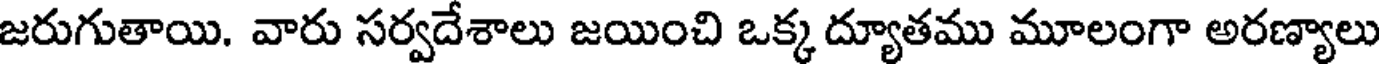
జరుగుతాయి. వారు సర్వదేశాలు జయించి ఒక్క ద్యూతము మూలంగా అరణ్యాలు